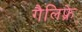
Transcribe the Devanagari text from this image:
गैलिफ़्रे